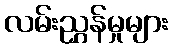
လမ်းညွှန်မှုများ